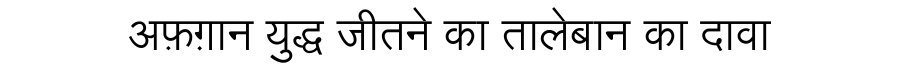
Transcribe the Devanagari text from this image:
अफ़ग़ान युद्ध जीतने का तालेबान का दावा